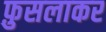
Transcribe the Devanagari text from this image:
फ़ुसलाकर